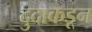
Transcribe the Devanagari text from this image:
दुदाकडून